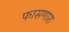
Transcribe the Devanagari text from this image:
फासणारा